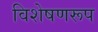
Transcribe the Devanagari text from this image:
विशेषणरूप